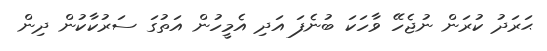
ޙަރަދު ކުރަން ނުޖެހޭ ވާހަކަ ބުނެފަ އަދި އެމީހުން އަތުގަ ސަރުކާކުން ދިން